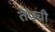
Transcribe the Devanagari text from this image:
तेपची